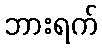
ဘားရက်